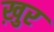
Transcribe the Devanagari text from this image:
ख़ुर